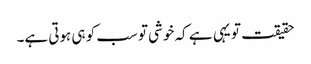
حقیقت تو یہی ہے کہ خوشی تو سب کو ہی ہوتی ہے۔